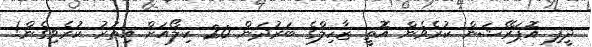
ދީފި އޮޕަރޭޝަން ކުރެވެން އޮތީ ޒާހިލްގެ ބަރުދަން 20 ކިލޯއަށް އިތުރު ކުރެވިގެން!